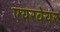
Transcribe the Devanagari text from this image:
एयरवेयर